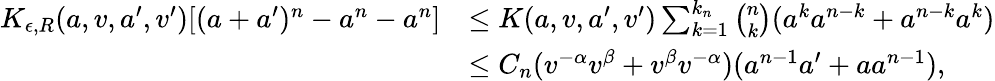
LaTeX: \begin{array}{rl}{K_{\epsilon,R}(a,v,a^{\prime},v^{\prime})[(a+a^{\prime})^{n}-a^{n}-a^{n}]}&{\leq K(a,v,a^{\prime},v^{\prime})\sum_{k=1}^{k_{n}}\binom{n}{k}(a^{k}a^{n-k}+a^{n-k}a^{k})}\\ &{\leq C_{n}(v^{-\alpha}v^{\beta}+v^{\beta}v^{-\alpha})(a^{n-1}a^{\prime}+aa^{n-1}),}\end{array}